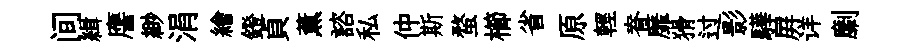
间緝譍緲涓繪鐙貞薰諮私仲斯蝥櫛省原輕脊靡猾过影驊屛详劘